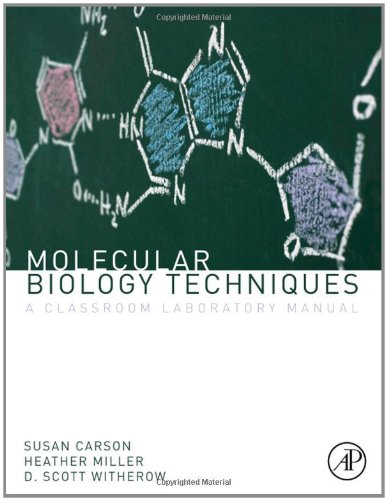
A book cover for Molecular Biology Techniques, Third Edition: A Classroom Laboratory Manual; Heather Miller; Computers & Technology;